Vital statistics of India. Vol. IV, Annual returns from 1871 to 1876. British Army of India, Native Army and jails of Bengal
Year: 1871
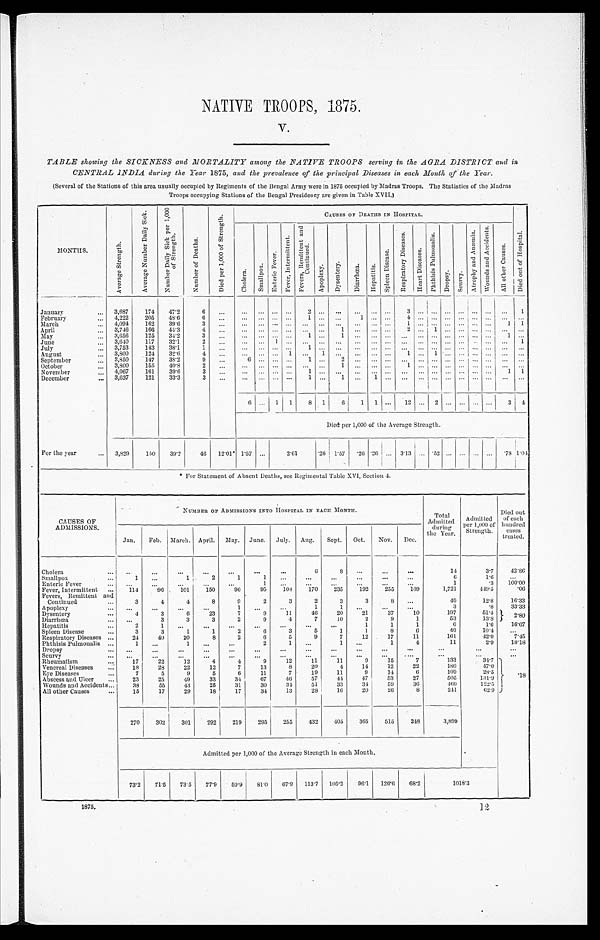
NATIVE TROOPS, 1875.
V.
TABLE showing the SICKNESS and MORTALITY among the NATIVE TROOPS serving in the AGRA DISTRICT and in
CENTRAL INDIA during the Year 1875, and the prevalence of the principal Diseases in each Month of the Year.
(Several of the Stations of this area usually occupied by Regiments of the Bengal Army were in 1875 occupied by Madras Troops. The Statistics of the Madras
Troops occupying Stations of the Bengal Presidency are given in Table XVII.)
MONTHS.
A v e r a g e S t r e n g t h .
A v e r a g e N u m b e r D a i l y S i c k .
N u m b e r D a i l y S i c k p e r 1 , 0 0 0
o f S t r e n g t h .
N u m b e r o f D e a t h s .
D i e d p e r 1 , 0 0 0 o f S t r e n g t h .
CAUSES OF DEATHS IN HOSPITAL.
D i e d o u t o f H o s p i t a l .
C h o l e r a .
S m a l l p o x .
E n t e r i c F e v e r .
F e v e r , I n t e r m i t t e n t .
F e v e r s , R e m i t t e n d a n d
C o n t i n u e d .
A p o p l e x y .
D y s e n t r y .
D i a r r h œ a .
H o p a t i t i s .
S p l e e n D i s e a s e .
R e s p l r a t o r y D i s e a s e s .
H e a r t D i s e a s e s .
P h t h i s i s P u l m o n a l i s .
Dr o p s y .
S c u r v y .
A t o p h y a n d A n æ m i a .
W o u n d s a n d A c c i d e n t s .
A l l o t h e r C a u s e s .
January
... 3,687
174 47.2
6
...
... ... ...
...
2 ... ... ... ... ... 3 ... ... ... ... ... ... ...
1
February ...
4,222
205
48.6
6 ...
... ... ... ...
1 ...
... 1
... ... 4 ... ... ... ... ... ... ... ...
March
... 4,094
162
39.6
3 ...
... ... ... ... ... ... ... ... ... ... 1 ... ... ... ... ... ...
1 1
April
... 3,746
166 44.3
4 ...
... ... ... ... ... ...
1 ... ... ... 2 ... 1 ... ... ... ... ...
..
May
... 3,656
125
34.2
3 ...
... ... ... ... 1 ... 1 ... ... ... ... ... ... ... ... ... ... 1
...
June
... 3,640
117
32.1
2 ...
... ... 1 ... ... ... ... ... ... ... ... ... ... ... ... ... ... ... 1
J ul y . . .
3,753
143 38.1
1 ...
... ... ... ..
1 ... ... ... ... ... ... ... ... ... ... ... ... ... ...
August . . .
3,800
124
32.6
4 ... ...
... ... 1 ... 1 ... ... ... ... 1 ... 1 ... ... ... ... ... ...
September ...
3,850
147
38.2
9 ...
6 ... ... ...
1 ...
2 ... ... ... ... ... ... ... ... ... ... ... ...
October . . .
3,800
155
40.8
2 ...
... ... ... ... ... ...
1 ... ... ...
1 ... ... ... ... ... ... ... ...
November ...
4,067
161
39.6
3 ...
... ... ... ...
1 ... ... ... ... ... ... ... ... ... ... ... ...
1 1
December ...
3,637
121
33.3
3 ...
... ... ... ...
1 ...
1 ...
1 ... ... ... ... ...
... ... ... ... ...
6 ... 1 1
8 1
6 1
1 ... 12 ... 2 ... ... ... ... 3
4
Died per 1,000 of the Average Strength.
For the year
... 3,829
150
39.2
46 12.01* 1.57 ...
2 . 6 1
.26 1.57 .26 .26 ... 3.13 ... .52 ... ... ... ...
. 78
1 . 0 4
* For Statement of Absent Deaths, see Regimental Table XVI, Section 4.
CAUSES OF
ADMISSIONS.
NUMBER OF ADMISSIONS INTO HOSPITAL IN EACH MONTH.
Total
Admitted during
the Year.
Admit ted
Per 1,000 of
Strength.
Died out
of each
hundred
cases
treated.
Jan. Feb. March. April. May. June. July. Aug. Sept. Oct. Nov. Dec.
Cholera
. . . ...
...
...
...
...
...
...
6
8 ...
...
...
14
3.7
42.86
Smallpox
...
1 ...
1
2
1
1
...
...
...
...
...
...
6
1.6
...
Enteric Fever
... ...
...
...
...
...
1
... ...
... ...
...
...
1
.3 100.00
Fever, Intermittent
. . .
114
96
101
150
96
95
108
170
235
192
255
109
1,721
449.5
.06
Fevers, Remittent and
Continued
. . .
3
4
4
8
9
2
3
2
3
3
8 ...
49
12.8
16.33
Apoplexy
... ...
...
...
... 1
...
...
1 1
...
...
...
3
.8
33.33
Dysentery
. . .
4
3
6
23
7
9
11
46
20
21
37
10
197
51.4
2.80
Diarrhœa
... ...
3
3
3
2
9
4
7
10
2
9
1
53
13.8
Hepatitis
...
2
1 ...
...
... ...
...
...
...
1
1
1
6
1.6
16.67
Spleen Disease
...
3
3
1
1
2
6
3 5
1 1
8
6
40
10.4
...
Respiratory Diseases ...
24
40
20
8
2
6
5
9
7
12
17
11
161
42.0
7.45
Phthisis Pulmonalis ...
1 ...
1 ...
...
2
1 ... 1
...
1
4
11
2.9
18.18
Dropsy
. . . ...
...
...
...
...
...
...
...
...
...
...
...
...
...
...
Scurvy
. . . ... ...
...
... ...
... ...
... ...
...
...
...
...
...
...
Rheumatism
...
17
22
12
4
4
9 12
11
11
9
15
7
133
34.'7 . 18
Venereal Diseases
...
18
28
22
12
7
13
8
20
4
14
12
22
180
47.0
Eye Diseases
. . .
7
5
9
5
6
11
7
19
11
9
14
6
109
28.5
Abscess and Ulcer
...
23
25
49
33
34
67
46
57
44
47
53 27
505
131.9
Wounds and Accidents...
38
55
43
25
31
30
34
51
33
34
59
36
469
122.5
All other Causes
...
15
17
29
18
17
34
13
28
16
20
26
8
211
62.9
270
302
301
292
219
295
255
432
405
365
515
248
3,899
Admitted per 1,000 of the Average Strength in each Month.
73.2 71.5 73.5
77.9 59.9
81.0
67.9 113.7 105.2
96.1 126.6 68.2
1018.3
1875.